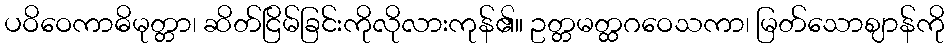
ပဝိဝေကာဓိမုတ္တာ၊ ဆိတ်ငြိမ်ခြင်းကိုလိုလားကုန်၏။ ဥတ္တမတ္ထဂဝေသကာ၊ မြတ်သောဈာန်ကို